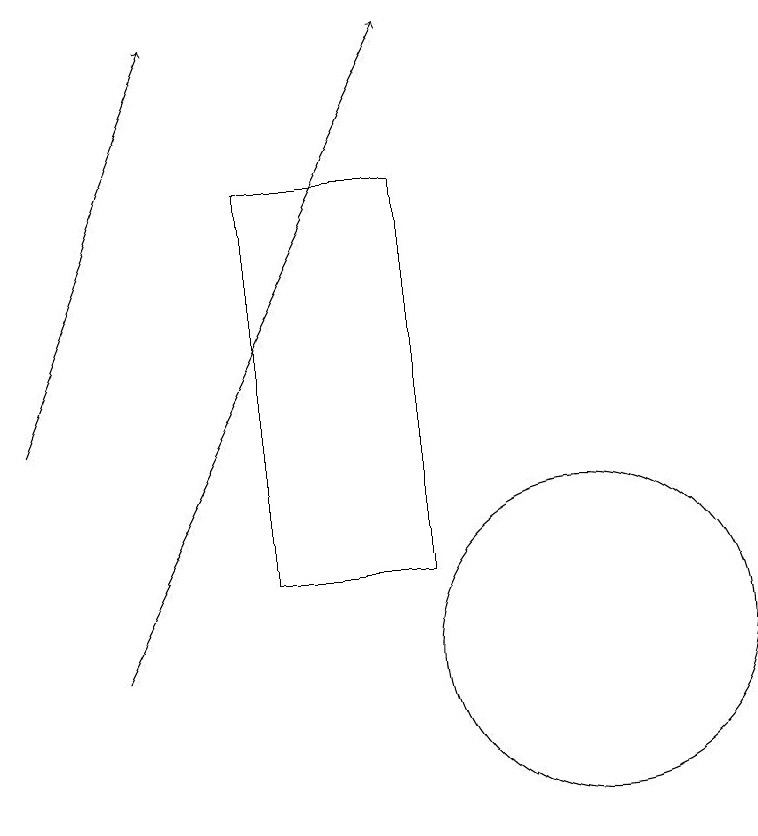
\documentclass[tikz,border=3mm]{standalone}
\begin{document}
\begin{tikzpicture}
\draw[->] (4,11) -- (8,19);
\draw[->] (3,14) -- (5,19);
\draw (8,12) rectangle (6,17);
\draw (10,11) circle (2);
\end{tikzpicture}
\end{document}